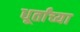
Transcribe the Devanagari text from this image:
धूर्तांच्या